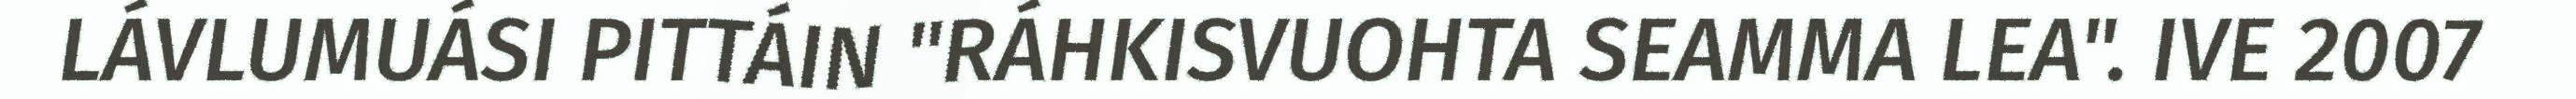
LÁVLUMUÁSI PITTÁIN "RÁHKISVUOHTA SEAMMA LEA". IVE 2007